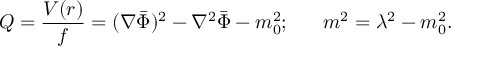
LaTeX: { \cal Q } = { \frac { V ( r ) } { f } } = ( \nabla \bar { \Phi } ) ^ { 2 } - \nabla ^ { 2 } \bar { \Phi } - m _ { 0 } ^ { 2 } ; ~ ~ ~ ~ ~ m ^ { 2 } = \lambda ^ { 2 } - m _ { 0 } ^ { 2 } .